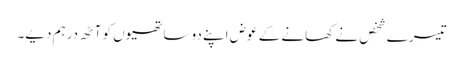
تیسرے شخص نے کھانے کے عوض اپنے دو ساتھیوں کو آٹھ درہم دیے۔